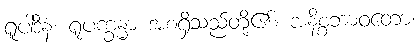
ရူပါဒီနံ၊ ရူပက္ခန္ဓာ အစရှိသည်တို့၏။ အနိစ္စဘာဝတော၊